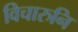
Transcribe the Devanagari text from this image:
विचारुनि